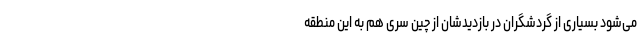
می‌شود بسیاری از گردشگران در بازدیدشان از چین سری هم به این منطقه